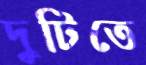
দুটিতে